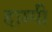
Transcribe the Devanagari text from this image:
हाम्पी